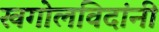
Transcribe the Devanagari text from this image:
खगोलविदांनी